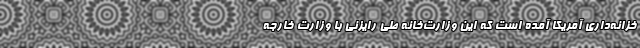
خزانه‌داری آمریکا آمده است که این وزارت‌خانه طی رایزنی با وزارت خارجه